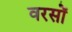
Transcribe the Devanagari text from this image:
वरसों